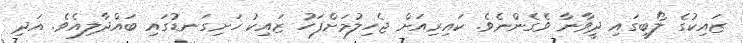
ޒައިކުގެ ލޯބީގައި ދީވާނާ ވެގެންނެވެ. ކައިރިއަށް ޖެހިލުމަށްފަހު ޒައިކު ހަށިގަނޑުގައި ބައްދާލިއެވެ. އަދި